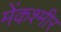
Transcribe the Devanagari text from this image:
मेंकश्मीर